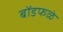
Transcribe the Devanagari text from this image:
बोंडफळे